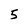
Character: 5